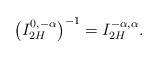
\begin{align*}\left(I_{2H}^{0, -\alpha}\right)^{-1}= I_{2H}^{-\alpha, \alpha}.\end{align*}